Report on horse surra - Volume I
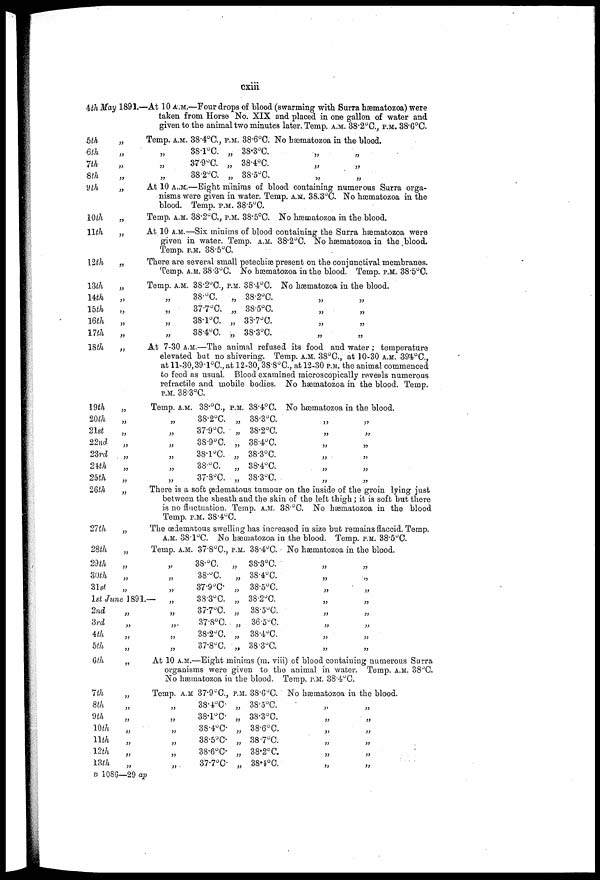
cxiii
4th May 1891.—At 10 A.M.—Four drops of blood (swarming with. Surra hæmatozoa) were
taken from Horse No. XIX and placed in one gallon of water and
given to the animal two minutes later. Temp. A.M. 38.2°C, P.M. 38.6°C.
5th
6th
7th
8th
„
„
„
„
Temp. A.M.
„
„
„
38.4°C.,
38.l°C.
37.9°C.
38.2°C.
P.M.
„
„
„
38.6°C.
38.3°C.
38.4°C.
38.5°C.
No hæmatozoa in the blood.
„ „
„ „
„ „
9th
10th
11th
12th
„
„
33
„
At 10 A.M.—Eight minims of blood containing numerous Surra orga-
nisms were given in water. Temp. A.M. 38,3°C, NO hæmatozoa in the
blood. Temp. P.M. 38-5°C.
Temp, A.M. 38.2°C., P.M. 38.5°C, No hærnatozoa in the blood.
At 10 A.M.—Six minims of blood containing the Surra hæmatozoa were
given in water. Temp, A.M. 38.2°C. No hæmatozoa in the blood.
Temp. P.M. 88-5°C.
There are several small petechias present on the conjunctival membranes.
Temp. A.M. 38.3°C. No hæmatozoa in the blood. Temp. P.M. 38.5°C,
13th
14th
15th
16th
17th
„
„
„
„
„
Temp.
„
„
„
„
A.M. 38.2°C., P.M.
38.°C.
„
37.7°C, „
38.l°C. „
38.4°C. „
38.4°C.
38.2°C.
38.5°C.
33.7°C,
38.3°C,
Nohæmatozoa in the blood.
„ „
„ „
„ „
„ „
18th „
At 7-30 A.M.—The animal refused its food and water ; temperature
elevated but no shivering. Temp. A.M. 38°C., at 10-30 A.M. 39.4°C,
at 11-30,39-l°C, at 12-30, 38.8 o C., at 12-30 P.M. the animal commenced
to feed as usual. Blood examined microscopically reveals numerous
refractile and mobile bodies. No hæmatozoa in the blood. Temp.
P.M. 38.3°C.
19th
20th
21st
22nd
23rd
24th
25th
„
„
„
„
„
„
„
Temp. A.M.
„
„
„
„
„
„
38.°C.,
38.2°C.
37.9°C.
38-9°C.
38.l°C.
38.°C.
37.8°C.
P.M.
„
„
„
„
„
„
38.4°C.
38.3°C.
38.2°C.
38.4°C,
38.3°C.
38.4°C.
38.3°C.
No hæmatozoa in
„
„
„
„
„
„
the blood.
„
„
„
„
„
„
26th
21th
„
„
There is a soft œdematous tumour on the inside of the groin lying just
between the sheath and the skin of the left thigh; it is soft hut there
is no fluctuation. Temp. A.M. 38°C. No hæmatozoa in the blood
Temp. P.M. 38.4°C.
The œdematous swelling has increased in size but remains flaccid. Temp,
A.M. 38.1ºC. No hæmatozoa in the blood. Temp, P.M. 38.5°C.
28th
„
29th
30th
„
31st
„
1st June 1891,-
2nd
„
3rd
„
4th
5th
Temp. A.M.
„
„
„
„
„
„
„
„
37.8°C,
38°0.
38.°0.
37.9°C.
38.3°C.
37.7°C.
37.8°C.
38.2°C.
37.8°C.
P.M.
„
„
„
„
„
„
„
„
38.4°C.
38.3°C.
38.4°C.
38.5°C.
38.2°C.
38.5°C.
36.5°C.
38.4°C.
38.3°C
No hæmatozoa in
„
„
„
„
„
„
„
„
the blood.
„
„
„
„
„
„
„
„
6th
„
At 10 A.M.—Eight minims (m, viii) of blood containing numerous Surra
organisms were given to the animal in water. Temp. A.M. 38°C.
No hæmatozoa in the blood. Temp. P.M. 38.4ºC.
7th
8th
9th
10th
11th
12th
13th
„
„
„
„
„
„
„
Temp, A.M
„
„
„
„
„
„
37.9°C,
38.4°C
38.l°C
38.4°C
38.5 0 C
38.6°C
37.7°C
P.M.
„
„
„
„
„
„
, 38.6°C.
38.5°C.
38.3°C.
38.6°C.
38.7°C.
38.2°C.
38.4°C.
No hæmatozoa in the blood.
„ „
„ „
„ „
„ „
„ „
„ „
B 1086—29 ap